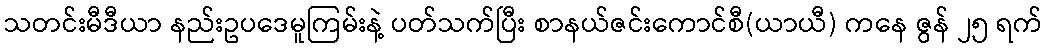
သတင်းမီဒီယာ နည်းဥပဒေမူကြမ်းနဲ့ ပတ်သက်ပြီး စာနယ်ဇင်းကောင်စီ(ယာယီ) ကနေ ဇွန် ၂၅ ရက်